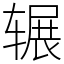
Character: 辗